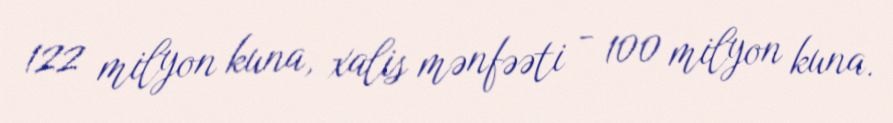
122 milyon kuna, xalis mənfəəti - 100 milyon kuna.